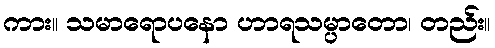
ကား။ သမာရောပနော ဟာရသမ္ပာတော၊ တည်း။